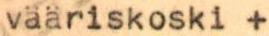
vääriskoski +